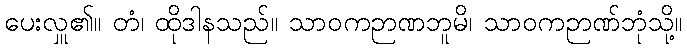
ပေးလှူ၏။ တံ၊ ထိုဒါနသည်။ သာဝကဉာဏဘူမိ၊ သာဝကဉာဏ်ဘုံသို့။